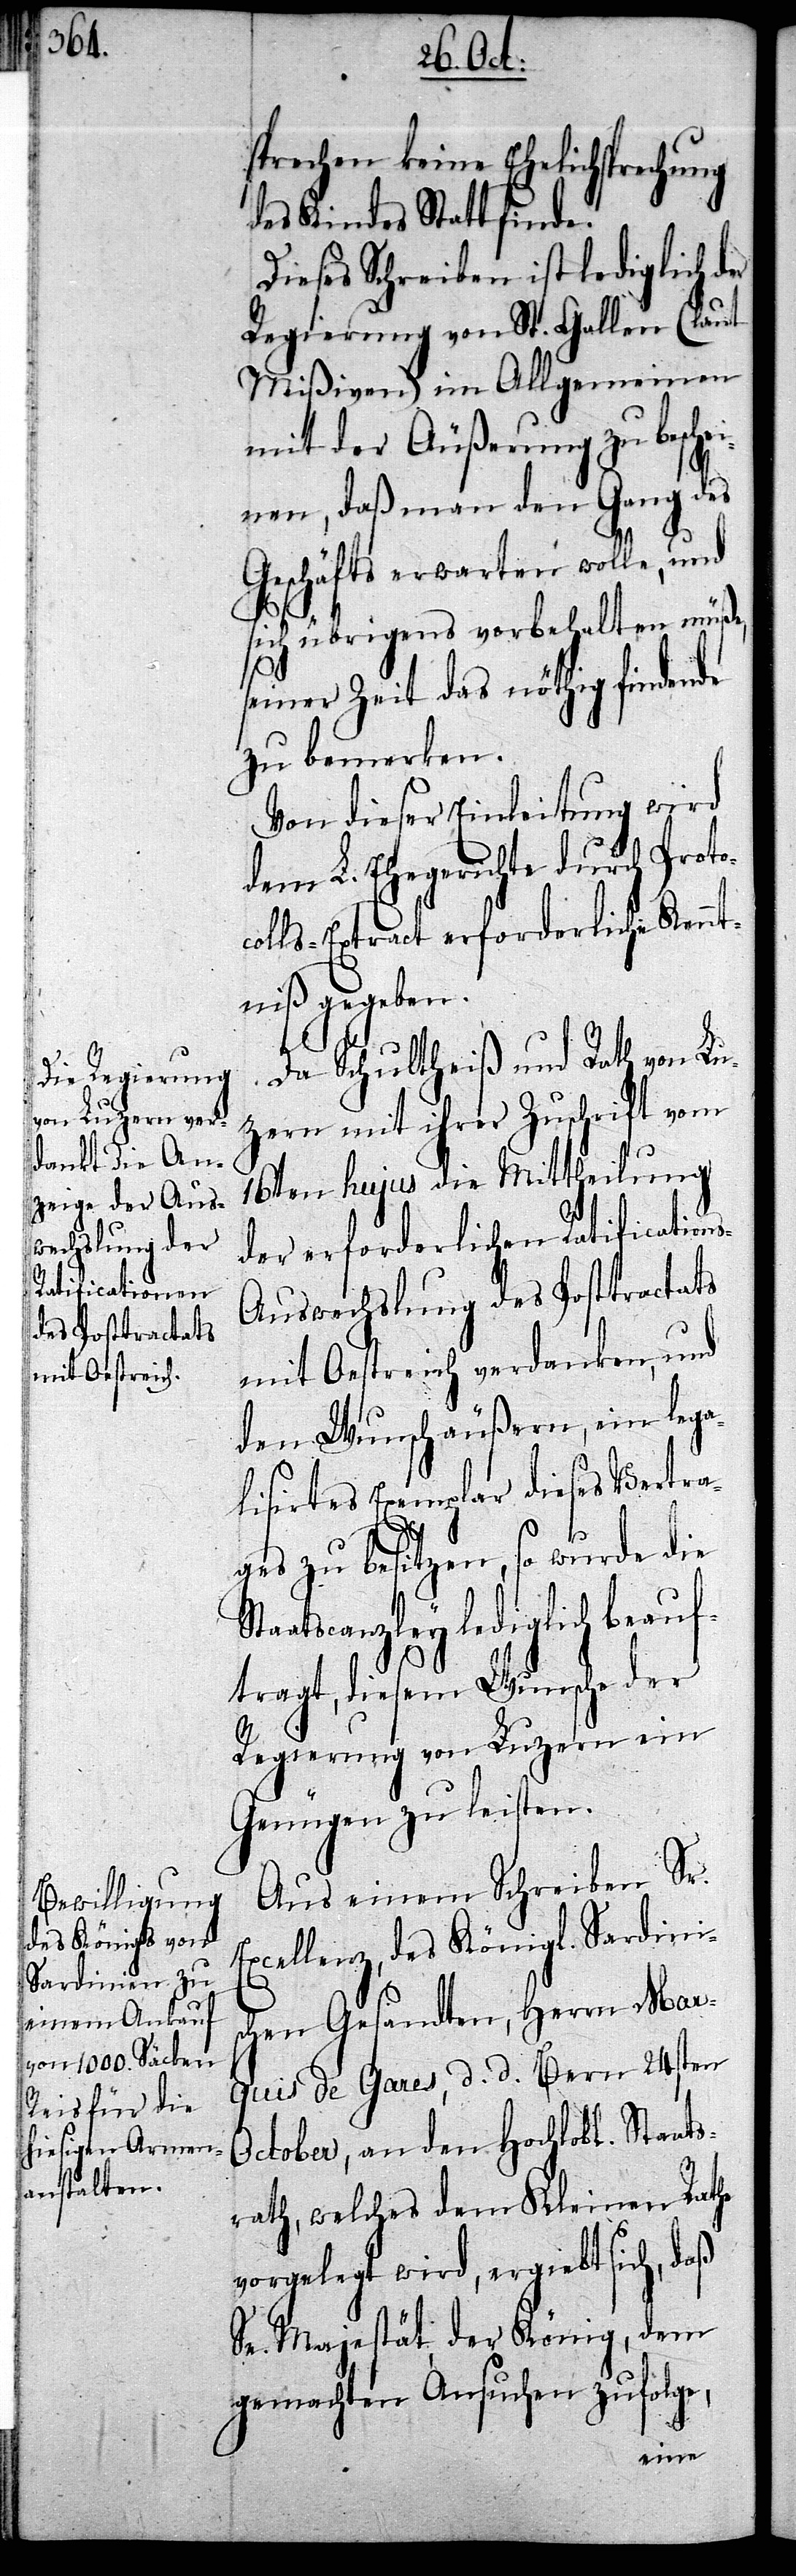
sprechen keine Ehelichsprechung
des Kindes Statt finde.
Dieses Schreiben ist lediglich der
Regierung von St. Gallen (laut
Mißiven) im Allgemeinen
mit der Äußerung zu besche¬
inen, daß man den Gang des
Geschäfts erwarten wolle, und
sich übrigens vorbehalten müße,
seiner Zeit das nöthig findende
zu bemerken.
Von dieser Einleitung wird
dem L. Ehegerichte durch Proto¬
colls-Extract erforderliche Kennt¬
niß gegeben.
Da Schultheiß und Rath von Lu¬
zern mit ihrer Zuschrift vom
16ten hujus die Mittheilung
der erforderlichen Ratification¬
s-Auswechslung des Posttractats
mit Oestreich verdanken, und
den Wunsch äußern, ein lega¬
lisirtes Exemplar dieses Vertra¬
ges zu besitzen, so wurde die
Staatscanzley lediglich beauf¬
tragt, diesem Wunsche der
Regierung von Luzern ein
Genügen zu leisten.
Aus einem Schreiben Sr.
Excellenz, des Königl. Sardini¬
schen Gesandten, Herrn Mar¬
quis de Gares, d. d. Bern 24sten
October, an den Hochlobl. Staats¬
rath, welches dem Kleinen Rathe
vorgelegt wird, ergiebt sich, daß
Se. Majestät, der König, dem
gemachten Ansuchen zufolge,